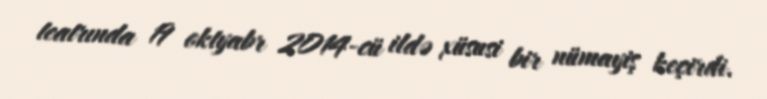
teatrında 19 oktyabr 2014-cü ildə xüsusi bir nümayiş keçirdi.